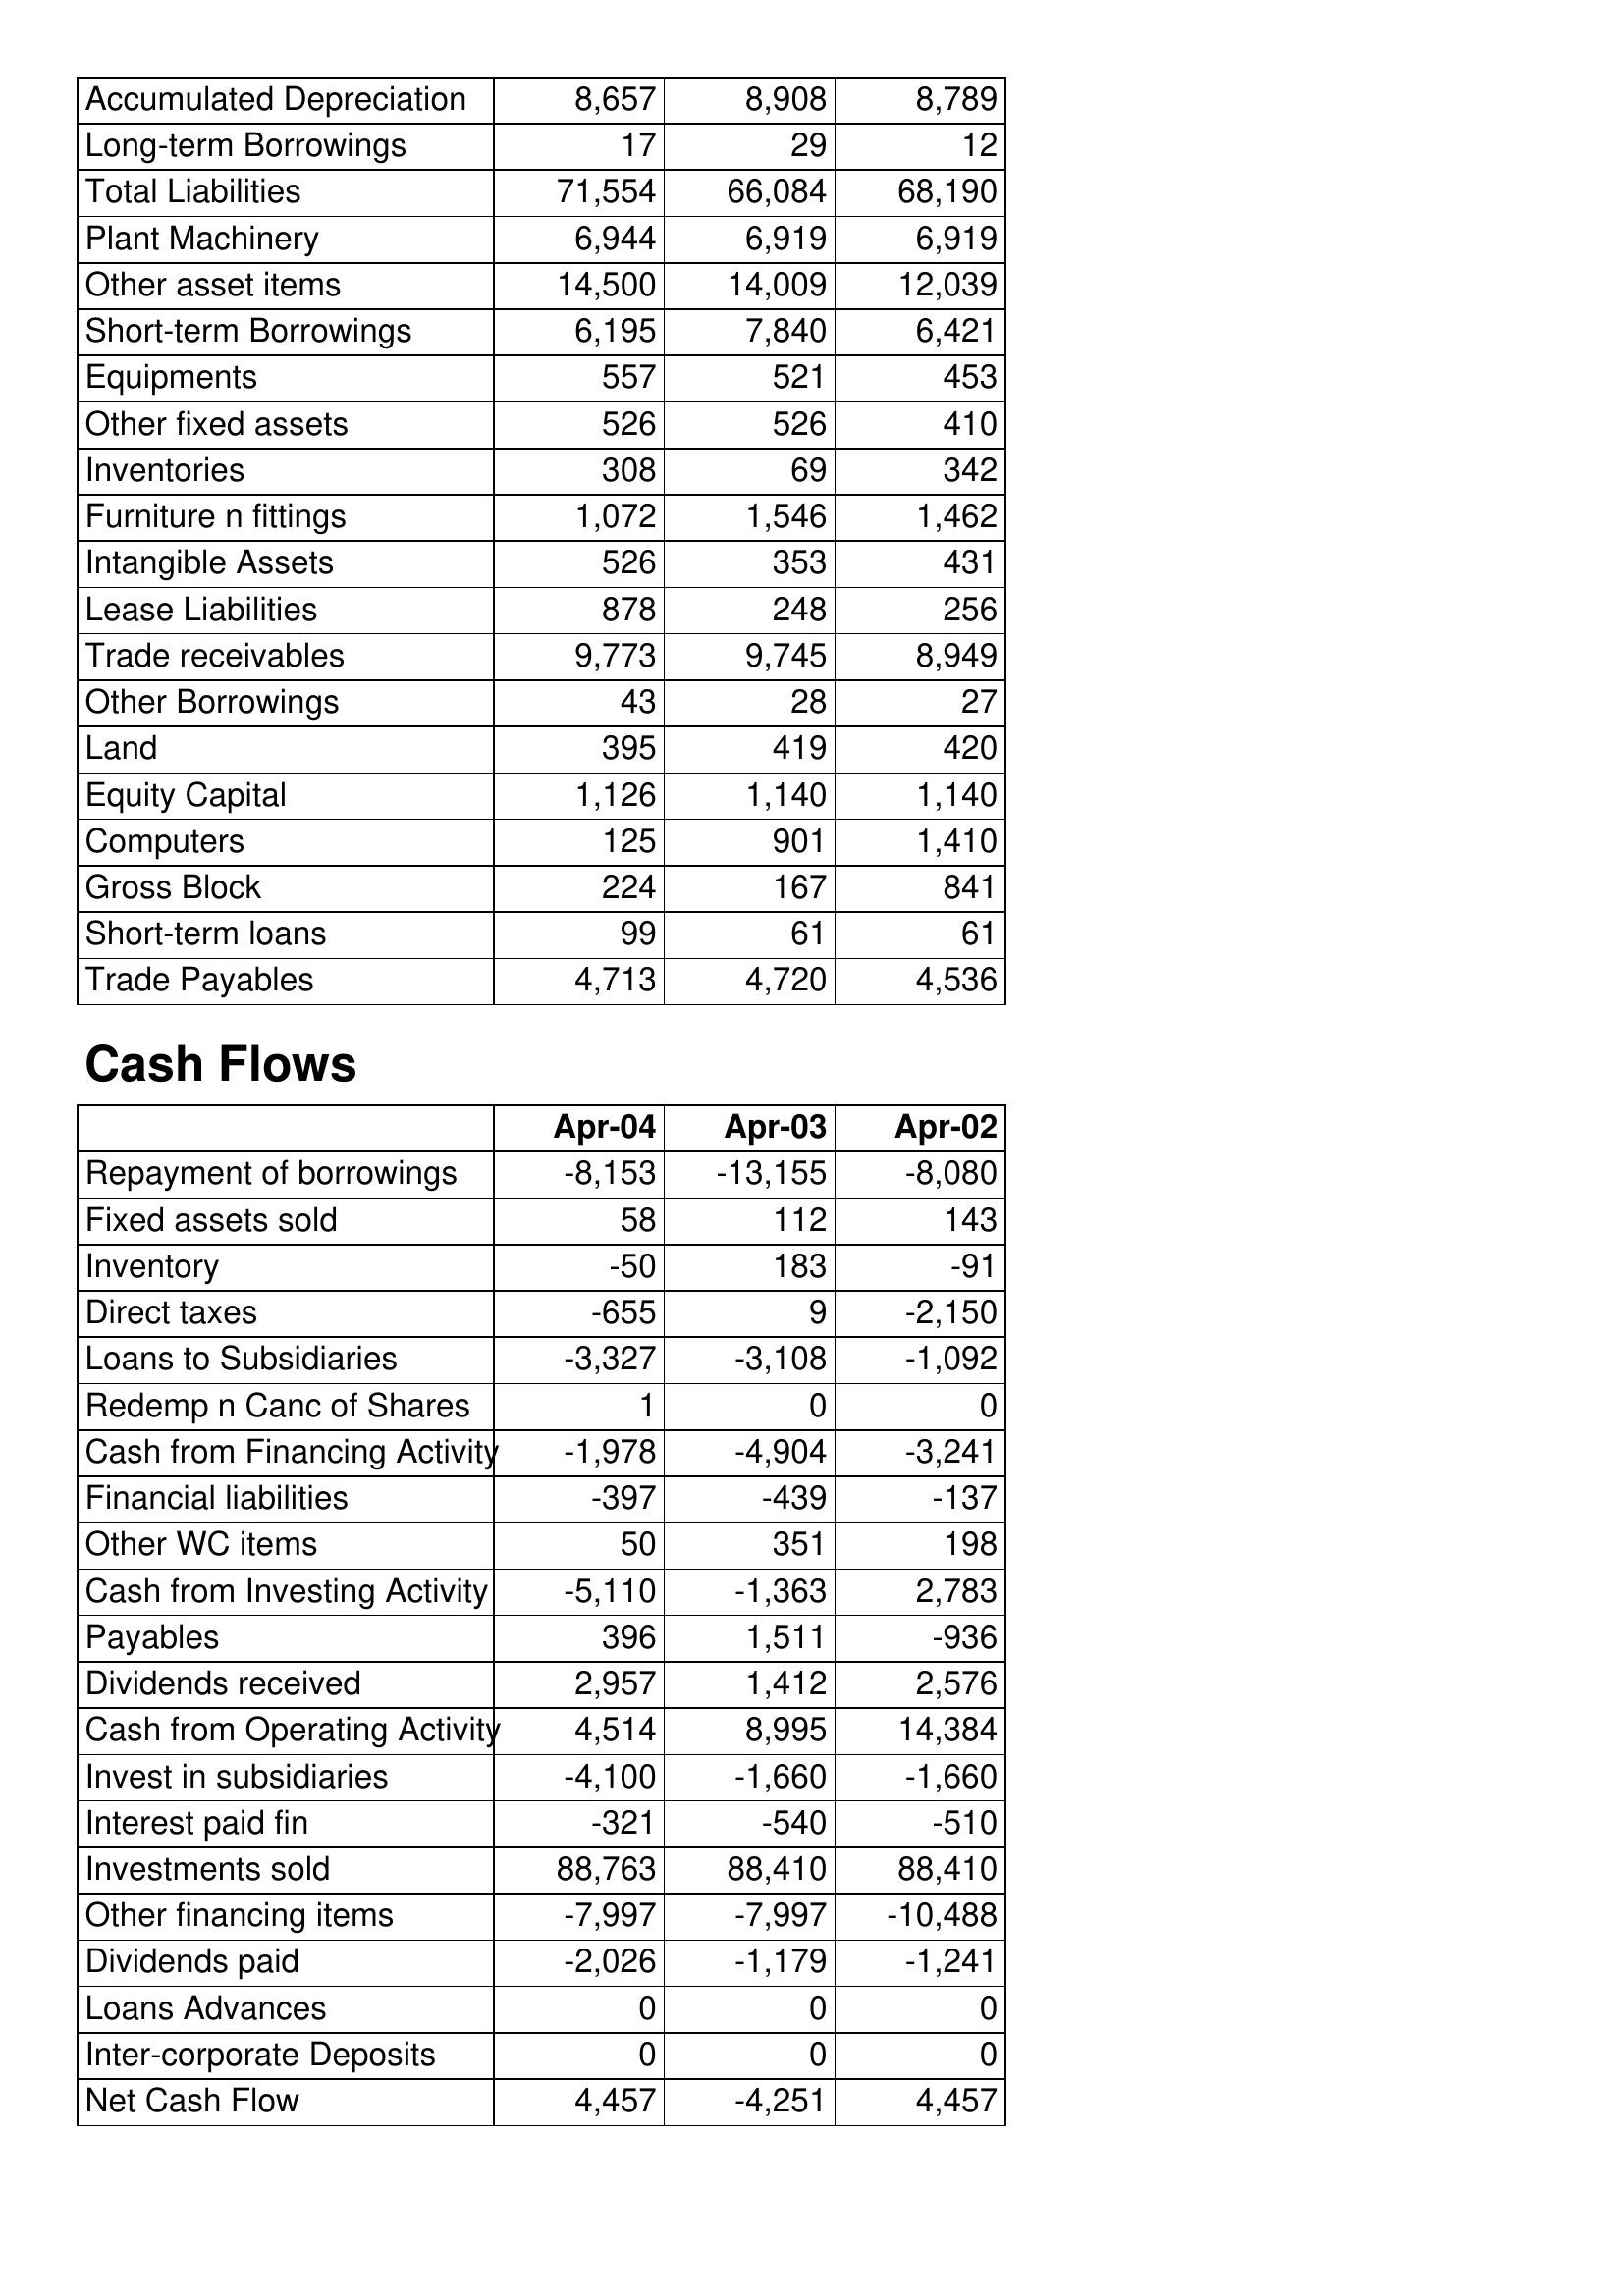
Apr-04: Balance Sheet: Accumulated Depreciation: 8,657
Long-term Borrowings: 17
Total Liabilities: 71,554
Plant Machinery: 6,944
Other asset items: 14,500
Short-term Borrowings: 6,195
Equipments: 557
Other fixed assets: 526
Inventories: 308
Furniture n fittings: 1,072
Intangible Assets: 526
Lease Liabilities: 878
Trade receivables: 9,773
Other Borrowings: 43
Land: 395
Equity Capital: 1,126
Computers: 125
Gross Block: 224
Short-term loans: 99
Trade Payables: 4,713
Cash Flows: Repayment of borrowings: -8,153
Fixed assets sold: 58
Inventory: -50
Direct taxes: -655
Loans to Subsidiaries: -3,327
Redemp n Canc of Shares: 1
Cash from Financing Activity: -1,978
Financial liabilities: -397
Other WC items: 50
Cash from Investing Activity: -5,110
Payables: 396
Dividends received: 2,957
Cash from Operating Activity: 4,514
Invest in subsidiaries: -4,100
Interest paid fin: -321
Investments sold: 88,763
Other financing items: -7,997
Dividends paid: -2,026
Loans Advances: 0
Inter-corporate Deposits: 0
Net Cash Flow: 4,457
Apr-03: Balance Sheet: Accumulated Depreciation: 8,908
Long-term Borrowings: 29
Total Liabilities: 66,084
Plant Machinery: 6,919
Other asset items: 14,009
Short-term Borrowings: 7,840
Equipments: 521
Other fixed assets: 526
Inventories: 69
Furniture n fittings: 1,546
Intangible Assets: 353
Lease Liabilities: 248
Trade receivables: 9,745
Other Borrowings: 28
Land: 419
Equity Capital: 1,140
Computers: 901
Gross Block: 167
Short-term loans: 61
Trade Payables: 4,720
Cash Flows: Repayment of borrowings: -13,155
Fixed assets sold: 112
Inventory: 183
Direct taxes: 9
Loans to Subsidiaries: -3,108
Redemp n Canc of Shares: 0
Cash from Financing Activity: -4,904
Financial liabilities: -439
Other WC items: 351
Cash from Investing Activity: -1,363
Payables: 1,511
Dividends received: 1,412
Cash from Operating Activity: 8,995
Invest in subsidiaries: -1,660
Interest paid fin: -540
Investments sold: 88,410
Other financing items: -7,997
Dividends paid: -1,179
Loans Advances: 0
Inter-corporate Deposits: 0
Net Cash Flow: -4,251
Apr-02: Balance Sheet: Accumulated Depreciation: 8,789
Long-term Borrowings: 12
Total Liabilities: 68,190
Plant Machinery: 6,919
Other asset items: 12,039
Short-term Borrowings: 6,421
Equipments: 453
Other fixed assets: 410
Inventories: 342
Furniture n fittings: 1,462
Intangible Assets: 431
Lease Liabilities: 256
Trade receivables: 8,949
Other Borrowings: 27
Land: 420
Equity Capital: 1,140
Computers: 1,410
Gross Block: 841
Short-term loans: 61
Trade Payables: 4,536
Cash Flows: Repayment of borrowings: -8,080
Fixed assets sold: 143
Inventory: -91
Direct taxes: -2,150
Loans to Subsidiaries: -1,092
Redemp n Canc of Shares: 0
Cash from Financing Activity: -3,241
Financial liabilities: -137
Other WC items: 198
Cash from Investing Activity: 2,783
Payables: -936
Dividends received: 2,576
Cash from Operating Activity: 14,384
Invest in subsidiaries: -1,660
Interest paid fin: -510
Investments sold: 88,410
Other financing items: -10,488
Dividends paid: -1,241
Loans Advances: 0
Inter-corporate Deposits: 0
Net Cash Flow: 4,457